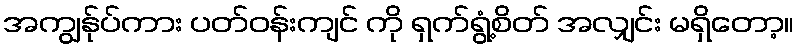
အကျွန်ုပ်ကား ပတ်ဝန်းကျင် ကို ရှက်ရွံ့စိတ် အလျှင်း မရှိတော့။